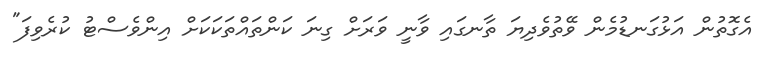
އެގޮތުން އަޅުގަނޑުމެން ވޭތުވެދިޔަ ތާނގައި ވާނީ ވަރަށް ގިނަ ކަންތައްތަކަކަށް އިންވެސްޓު ކުރެވިފަ"